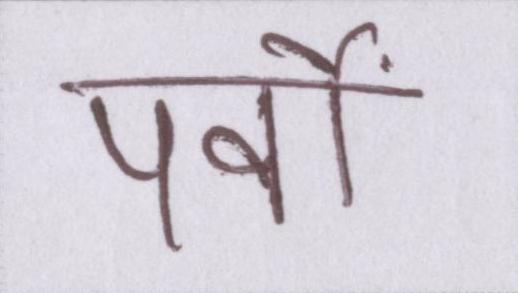
पर्वों